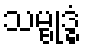
သမ္ဗုဒ္ဓံ